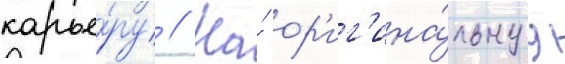
карье́ру // На́ ор'иг'ина́льнуу